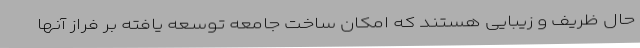
حال ظریف و زیبایی هستند که امکان ساخت جامعه توسعه یافته بر فراز آنها